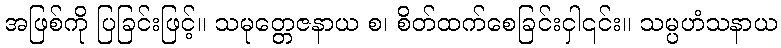
အဖြစ်ကို ပြခြင်းဖြင့်။ သမုတ္တေဇနာယ စ၊ စိတ်ထက်စေခြင်းငှါ၎င်း။ သမ္ပဟံသနာယ